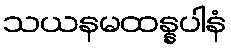
သယနမထန္နပါနံ